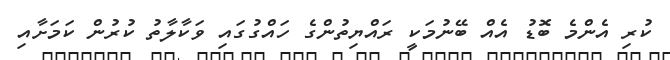
ކުރި އެންމެ ބޮޑު އެއް ބޭނުމަކީ ރައްޔިތުންގެ ހައްގުގައި ވަކާލާތު ކުރުން ކަމަށާއި